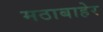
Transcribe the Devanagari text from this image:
मठाबाहेर